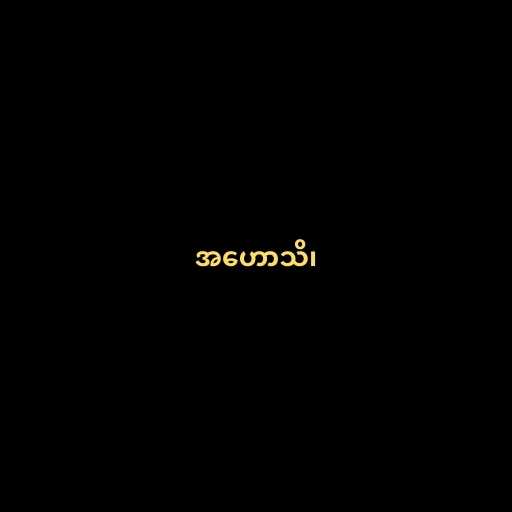
အဟောသိ၊